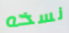
نسخه